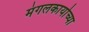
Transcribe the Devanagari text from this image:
मंगलकार्याच्या